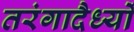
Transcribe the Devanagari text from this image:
तरंगादैर्ध्यों